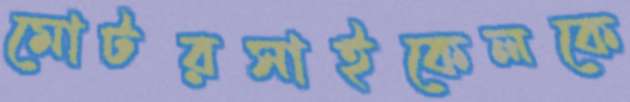
মোটরসাইকেলকে